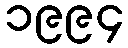
၁၉၉၄